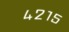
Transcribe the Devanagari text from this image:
४२१५